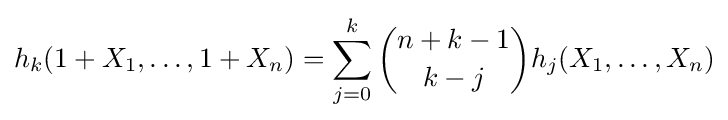
h_{k}(1+X_{1},\ldots ,1+X_{n})=\sum _{j=0}^{k}{\binom {n+k-1}{k-j}}h_{j}(X_{1},\ldots ,X_{n})